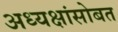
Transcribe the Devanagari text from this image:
अध्यक्षांसोबत